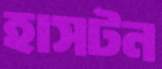
হাসটন